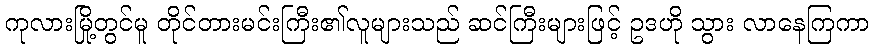
ကုလားမြို့တွင်မူ တိုင်တားမင်းကြီး၏လူများသည် ဆင်ကြီးများဖြင့် ဥဒဟို သွား လာနေကြကာ